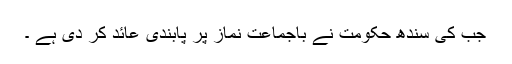
جب کی سندھ حکومت نے باجماعت نماز پر پابندی عائد کر دی ہے ۔